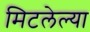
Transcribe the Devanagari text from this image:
मिटलेल्या